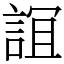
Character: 𧨏